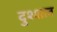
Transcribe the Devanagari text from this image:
दुश्शल